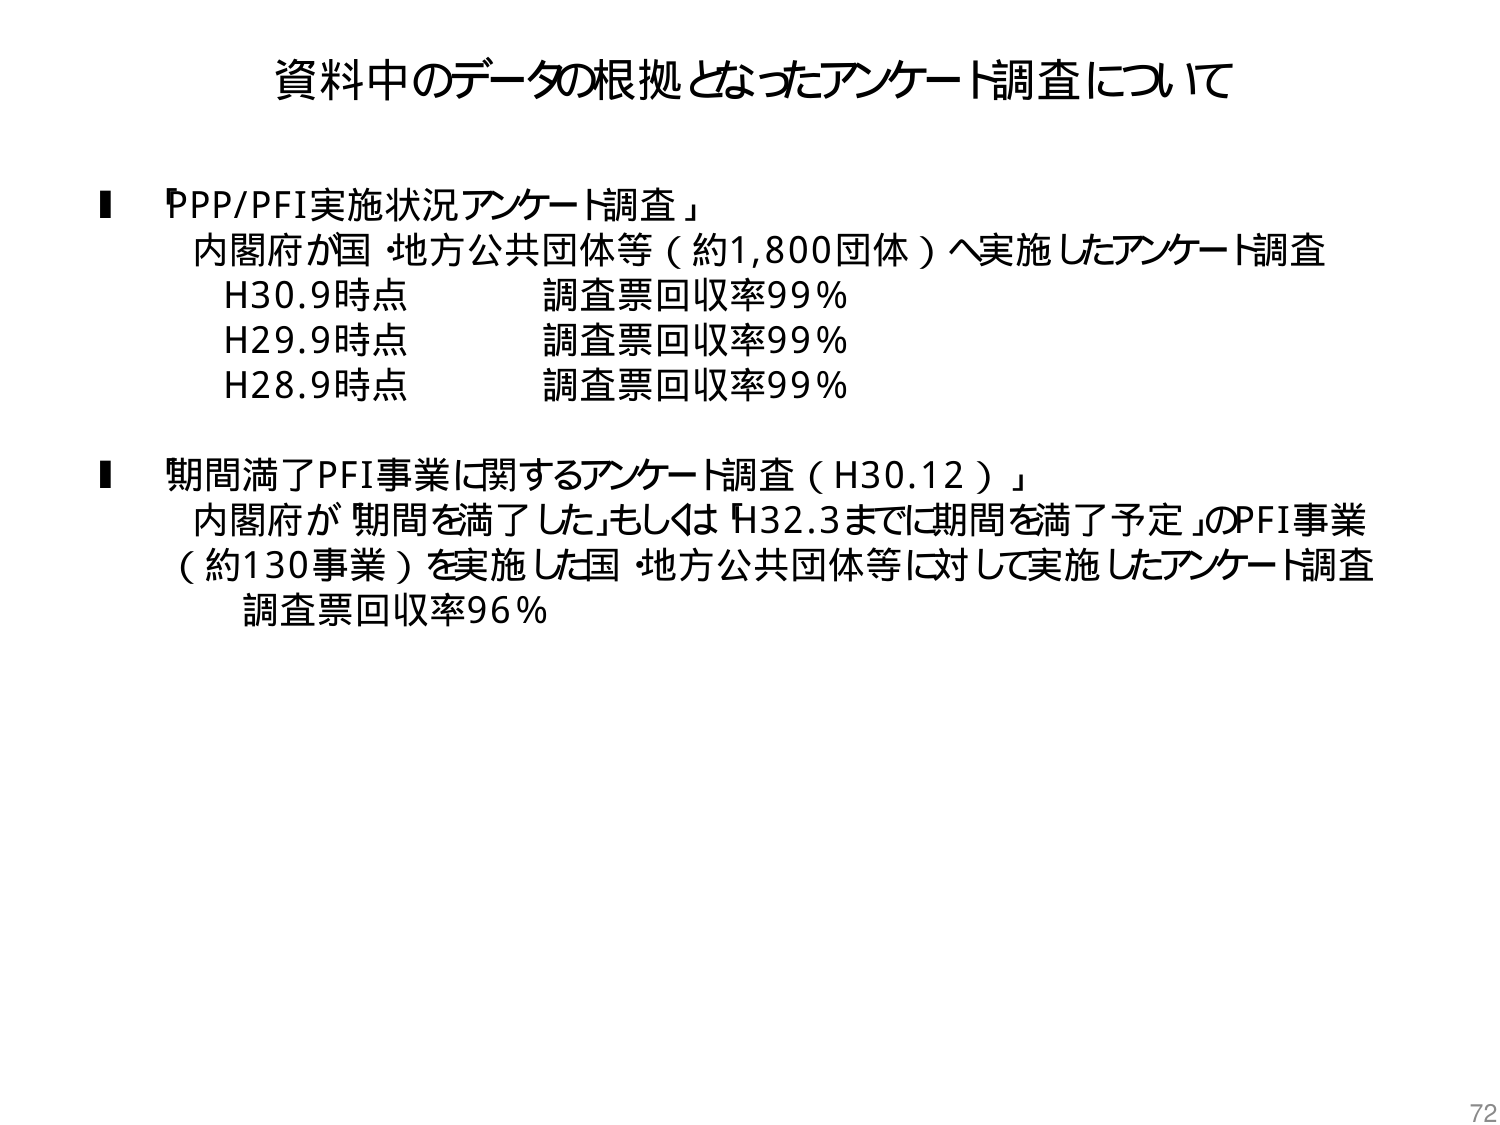
資料中のデータの根拠となったアンケート調査について

■「PPP/PFI実施状況アンケート調査」
内閣府が国・地方公共団体等（約1,800団体）へ実施したアンケート調査
H30.9時点　　　　　調査票回収率99％
H29.9時点　　　　　調査票回収率99％
H28.9時点　　　　　調査票回収率99％

■「期間満了PFI事業に関するアンケート調査（H30.12）」
内閣府が「期間を満了した」もしくは「H32.3までに期間を満了予定」のPFI事業
（約130事業）を実施した国・地方公共団体等に対して実施したアンケート調査
調査票回収率96％

72